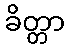
ခိတ္တာ